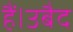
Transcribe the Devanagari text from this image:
हैं।उबैद